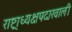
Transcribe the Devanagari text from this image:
राष्ट्राध्यक्षपदाखाली